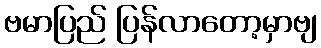
ဗမာပြည် ပြန်လာတော့မှာဗျ